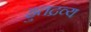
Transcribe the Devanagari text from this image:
हुतद्रव्य